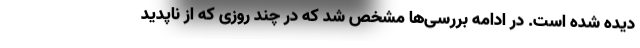
دیده شده است. در ادامه بررسی‌ها مشخص شد که در چند روزی که از ناپدید